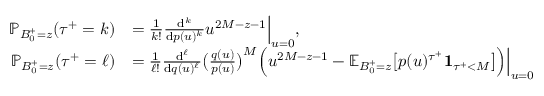
\begin{array} { r l } { \mathbb { P } _ { B _ { 0 } ^ { + } = z } ( { \tau ^ { + } } = k ) } & { = \textstyle \frac { 1 } { k ! } \frac { \mathrm { d } ^ { k } } { \mathrm { d } p ( u ) ^ { k } } u ^ { 2 M - z - 1 } \Big | _ { u = 0 } , } \\ { \mathbb { P } _ { B _ { 0 } ^ { + } = z } ( { \tau ^ { + } } = \ell ) } & { = \textstyle \frac { 1 } { \ell ! } \frac { \mathrm { d } ^ { \ell } } { \mathrm { d } q ( u ) ^ { \ell } } \bigl ( \frac { q ( u ) } { p ( u ) } \bigr ) ^ { M } \Bigl ( u ^ { 2 M - z - 1 } - \mathbb { E } _ { B _ { 0 } ^ { + } = z } \bigl [ p ( u ) ^ { \tau ^ { + } } \mathbf { 1 } _ { { \tau ^ { + } } < M } \bigr ] \Bigr ) \Big | _ { u = 0 } } \end{array}